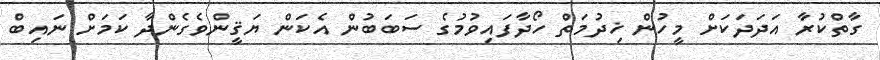
ގާތްކުރާ އަދަދަކަށް މީހުން ޚިދުމަތް ހޯދާފައިވުމުގެ ސަބަބުން އެކަން ޔަޤީންވެގެންދާ ކަމަށް ނައިބް